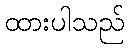
ထားပါသည်